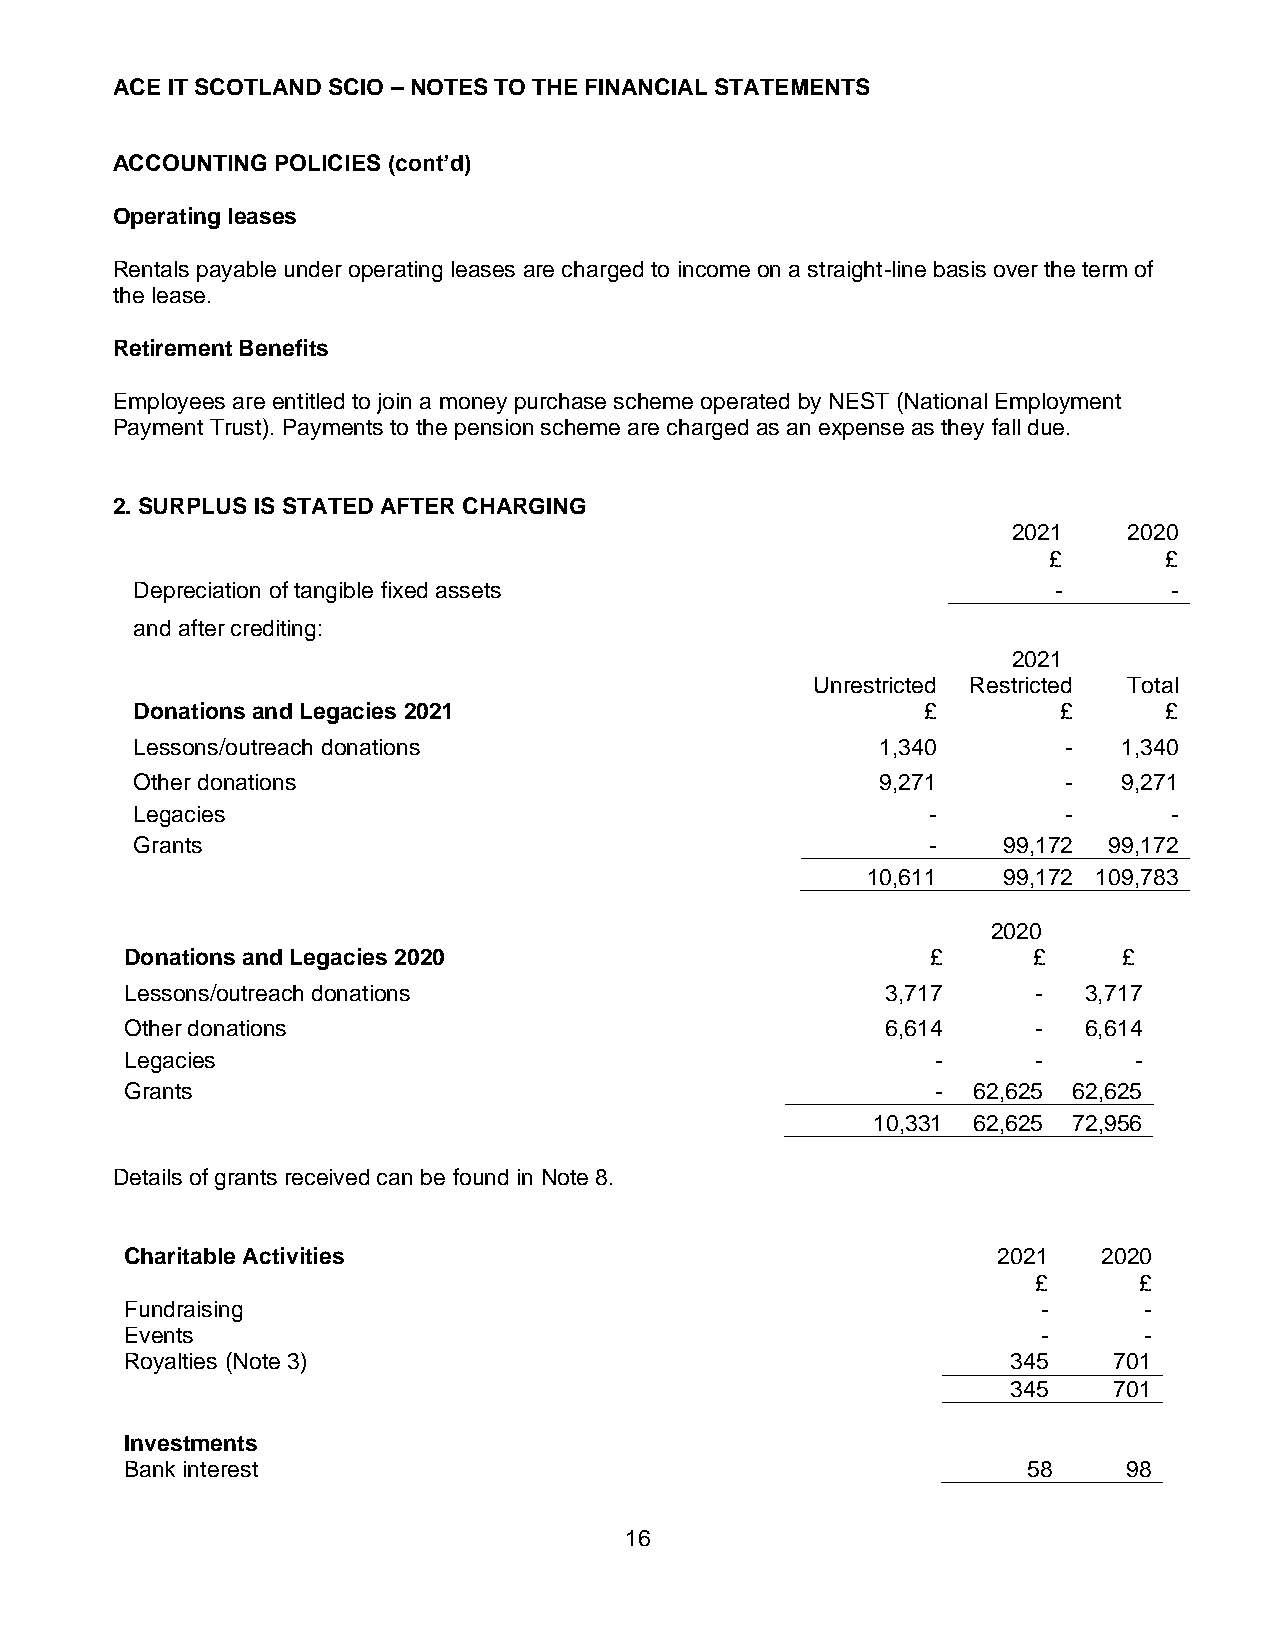
ACE IT SCOTLAND SCIO – NOTES TO THE FINANCIAL STATEMENTS
 ACCOUNTING POLICIES (cont’d)
 Operating leases
 Rentals payable under operating leases are charged to income on a straight-line basis over the term of
 the lease.
 Retirement Benefits
 Employees are entitled to join a money purchase scheme operated by NEST (National Employment
 Payment Trust). Payments to the pension scheme are charged as an expense as they fall due.
 2. SURPLUS IS STATED AFTER CHARGING
 2021    2020
 £       £
 Depreciation of tangible fixed assets                        -       -
 and after crediting:
 2021
 Unrestricted Restricted Total
 Donations and Legacies 2021                         £        £      £
 Lessons/outreach donations                       1,340        -  1,340
 Other donations                                  9,271        -  9,271
 Legacies                                             -        -      -
 Grants                                               -   99,172 99,172
 10,611   99,172 109,783
 2020
 Donations and Legacies 2020                           £     £     £
 Lessons/outreach donations                         3,717     -  3,717
 Other donations                                    6,614     -  6,614
 Legacies                                              -      -     -
 Grants                                                - 6 2 ,625 62,625
 10,331 62,625 72,956
 Details of grants received can be found in Note 8.
 Charitable Activities                                     2021   2020
 £     £
 Fundraising                                                  -      -
 Events                                                       -      -
 Royalties (Note 3)                                         345    701
 345    701
 Investments
 Bank interest                                               58     98
 16